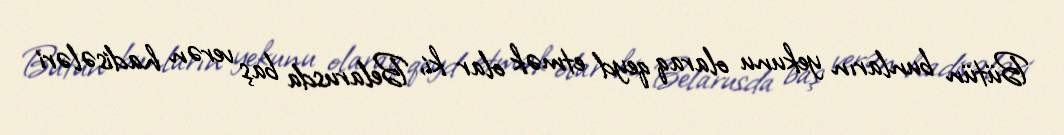
Bütün bunların yekunu olaraq qeyd etmək olar ki, Belarusda baş verən hadisələri